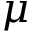
\mu